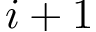
i + 1